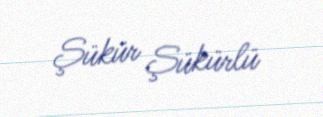
Şükür Şükürlü